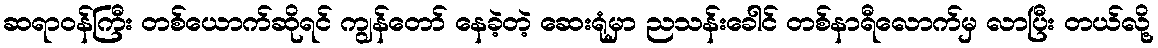
ဆရာဝန်ကြီး တစ်ယောက်ဆိုရင် ကျွန်တော် နေခဲ့တဲ့ ဆေးရုံမှာ ညသန်းခေါင် တစ်နာရီလောက်မှ လာပြီး တယ်လို့